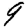
Digit: 9